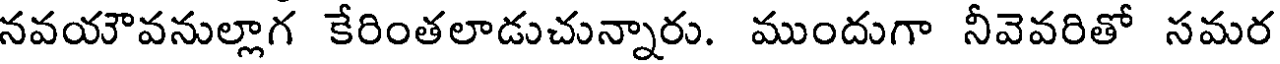
నవయౌవనుల్లాగ కేరింతలాడుచున్నారు. ముందుగా నీవెవరితో సమర